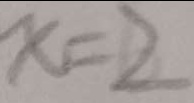
x = 2